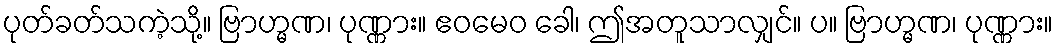
ပုတ်ခတ်သကဲ့သို့။ ဗြာဟ္မဏ၊ ပုဏ္ဏား။ ဧဝမေဝ ခေါ၊ ဤအတူသာလျှင်။ ပ။ ဗြာဟ္မဏ၊ ပုဏ္ဏား။